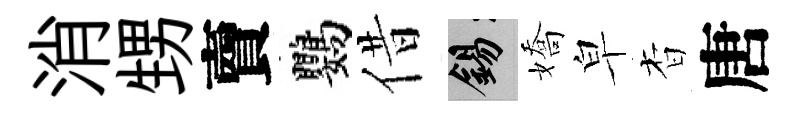
消甥𧶠鸚借錫嬌皁杳唐